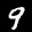
Label: 9